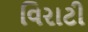
વિરાટી